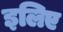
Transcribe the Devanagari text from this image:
इलिए